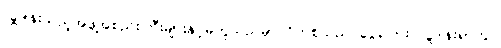
လှူဒါန်းသည့်အဖွဲ့အစည်းကြီးများနှင့်မတူသည်မှာ ဂိတ်စ်သည် ငွေကြေး လှူဒါန်းရာတွင်